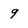
Character: 9